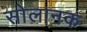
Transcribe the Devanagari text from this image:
सोलानक